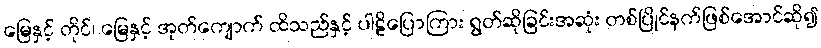
မြေနှင့် တိုင်၊ မြေနှင့် အုတ်ကျောက် ထိသည်နှင့် ပါဠိပြောကြား ရွတ်ဆိုခြင်းအဆုံး တစ်ပြိုင်နက်ဖြစ်အောင်ဆို၍